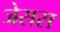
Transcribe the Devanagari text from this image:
जेसस